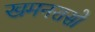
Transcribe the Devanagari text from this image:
खमनरासो